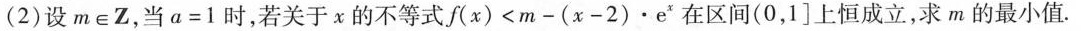
(2)设m∈Z，当 $$a = 1$$ 时，若关于x的不等式 $$f ( x ) < m - ( x - 2 ) \cdot